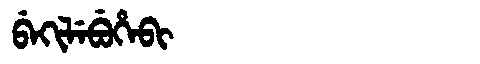
Manchu: ᠪᡝᡴᡳᠯᡝᠪᡠᡥᡝᠪᡳ
Romanization: BEKILEBUHEBI